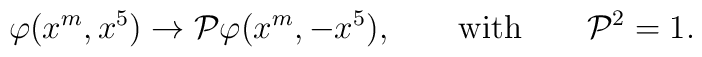
\varphi(x^m,x^5)\to{\cal P}\varphi(x^m,-x^5),\qquad \mbox{with}\qquad {\cal P}^2=1.